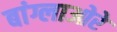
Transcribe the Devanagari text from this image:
बांग्लाओरे